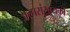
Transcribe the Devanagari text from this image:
अल्पसंख़्यकों